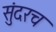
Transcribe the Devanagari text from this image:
सुंदरच